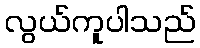
လွယ်ကူပါသည်